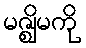
မဇ္ဈိမကို